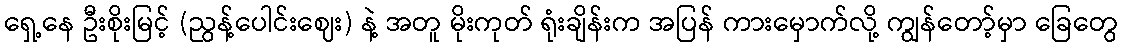
ရှေ့နေ ဦးစိုးမြင့် (ညွန့်ပေါင်းဈေး) နဲ့ အတူ မိုးကုတ် ရုံးချိန်းက အပြန် ကားမှောက်လို့ ကျွန်တော့်မှာ ခြေတွေ